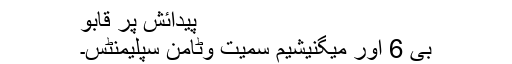
پیدائش پر قابو
بی 6 اور میگنیشیم سمیت وٹامن سپلیمنٹس۔